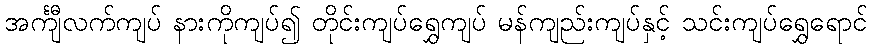
အင်္ကျီလက်ကျပ် နားကိုကျပ်၍ တိုင်းကျပ်ရွှေကျပ် မန်ကျည်းကျပ်နှင့် သင်းကျပ်ရွှေရောင်